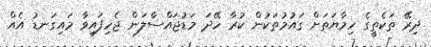
ދިރޭ ތަކެތީގެ ހިމާޔަތަށް ގައުމުތަކުން ކުރާ ހޭދަ މަޑުޖައްސާލަން ޖެހިފައިވާ މައިގަނޑު އެއް